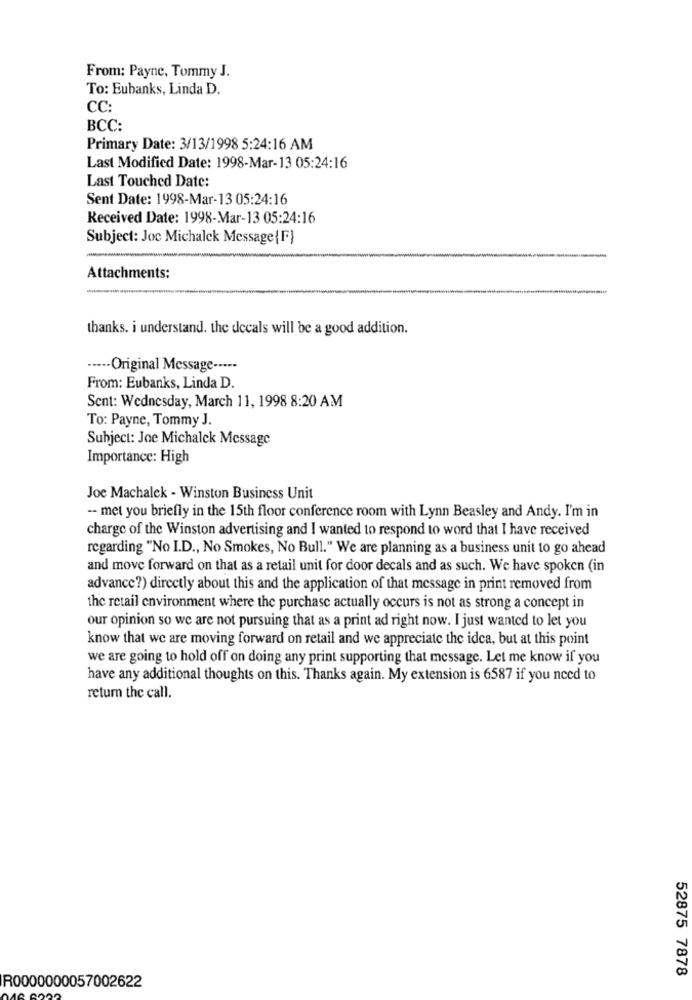
From: Payne, Tommy J.
To: Eubanks, Linda D.
CC:
BCC:
Primary Date: 3/13/1998 5:24:16 AM
Last Modified Date: 1998-Mar-13 05:24:16
Last Touched Date:
Sent Date: 1998-Mar-13 05:24:16
Received Date: 1998-Mar-13 05:24:16
Subject: Joc Michalek Message{F}
Attachments:
thanks. i understand. the decals will be a good addition.
····· Original Message -----
From: Eubanks, Linda D.
Sent: Wednesday, March 11, 1998 8:20 AM
To: Payne, Tommy J.
Subject: Joe Michalek Message
Importance: High
Joe Machalek - Winston Business Unit
-- met you briefly in the 15th floor conference room with Lynn Beasley and Andy. I'm in
charge of the Winston advertising and I wanted to respond to word that I have received
regarding "No I.D ., No Smokes, No Bull." We are planning as a business unit to go ahead
and move forward on that as a retail unit for door decals and as such. We have spoken (in
advance?) directly about this and the application of that message in print removed from
the retail environment where the purchase actually occurs is not as strong a concept in
our opinion so we are not pursuing that as a print ad right now. I just wanted to let you
know that we are moving forward on retail and we appreciate the idea, but at this point
we are going to hold off on doing any print supporting that message. Let me know if you
have any additional thoughts on this. Thanks again. My extension is 6587 if you need to
return the call.
52875 7878
R0000000057002622